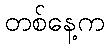
တစ်နေ့က